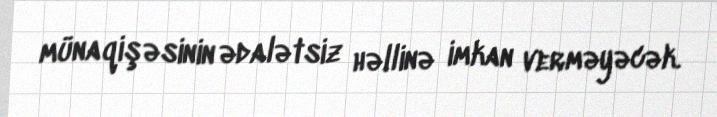
münaqişəsinin ədalətsiz həllinə imkan verməyəcək.